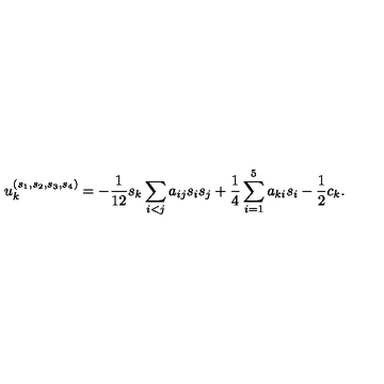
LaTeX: u _ { k } ^ { ( s _ { 1 } , s _ { 2 } , s _ { 3 } , s _ { 4 } ) } = - \frac { 1 } { 1 2 } s _ { k } \sum _ { i < j } a _ { i j } s _ { i } s _ { j } + \frac { 1 } { 4 } \sum _ { i = 1 } ^ { 5 } a _ { k i } s _ { i } - \frac { 1 } { 2 } c _ { k } .